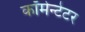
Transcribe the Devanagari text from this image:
कॉमेन्टेटर